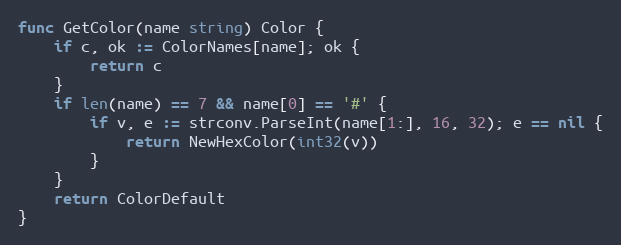
Language: Go
func GetColor(name string) Color {
	if c, ok := ColorNames[name]; ok {
		return c
	}
	if len(name) == 7 && name[0] == '#' {
		if v, e := strconv.ParseInt(name[1:], 16, 32); e == nil {
			return NewHexColor(int32(v))
		}
	}
	return ColorDefault
}